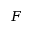
F